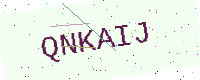
Text: QNKAIJ